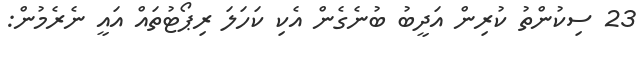
23 ސިކުންތު ކުރިން އަދީބު ބުނެގެން އެކި ކަހަލަ ރިޕޯޓުތައް އައީ ނެރެމުން: